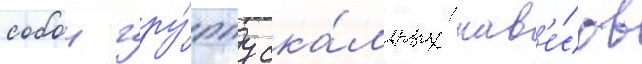
собои гру́ппу ска́льных нав'е́сов